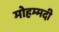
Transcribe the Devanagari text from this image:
मोहम्‍मदी